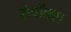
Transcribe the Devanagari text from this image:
शेवॉक्स